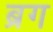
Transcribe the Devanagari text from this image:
ब्रग